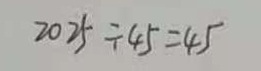
2 0 2 5 \div 4 5 = 4 5